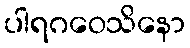
ပါရဂဝေသိနော